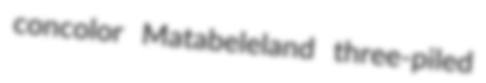
concolor Matabeleland three-piled